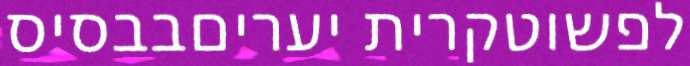
לפשוטקרית יעריםבבסיס